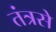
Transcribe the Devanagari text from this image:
तंत्रसे